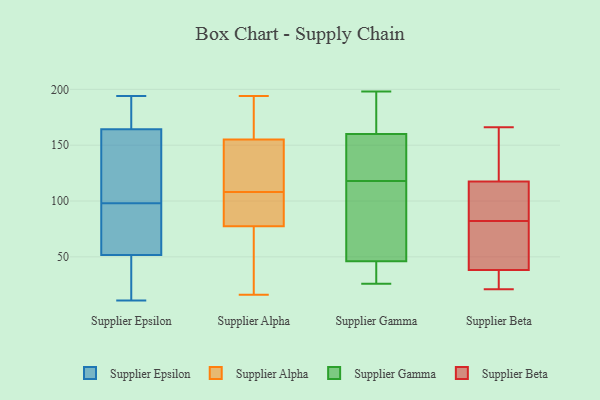
{"axis": {"x": "Bounce Rate (%)", "y": "Value"}, "legend": ["Supplier Alpha", "Supplier Beta", "Supplier Epsilon", "Supplier Gamma"], "data": [{"x": "", "y": 98, "type": "Supplier Epsilon"}, {"x": "", "y": 71, "type": "Supplier Epsilon"}, {"x": "", "y": 107, "type": "Supplier Epsilon"}, {"x": "", "y": 47, "type": "Supplier Epsilon"}, {"x": "", "y": 66, "type": "Supplier Epsilon"}, {"x": "", "y": 168, "type": "Supplier Epsilon"}, {"x": "", "y": 194, "type": "Supplier Epsilon"}, {"x": "", "y": 77, "type": "Supplier Epsilon"}, {"x": "", "y": 38, "type": "Supplier Epsilon"}, {"x": "", "y": 11, "type": "Supplier Epsilon"}, {"x": "", "y": 153, "type": "Supplier Epsilon"}, {"x": "", "y": 77, "type": "Supplier Epsilon"}, {"x": "", "y": 136, "type": "Supplier Epsilon"}, {"x": "", "y": 171, "type": "Supplier Epsilon"}, {"x": "", "y": 178, "type": "Supplier Epsilon"}, {"x": "", "y": 101, "type": "Supplier Epsilon"}, {"x": "", "y": 15, "type": "Supplier Epsilon"}, {"x": "", "y": 25, "type": "Supplier Epsilon"}, {"x": "", "y": 184, "type": "Supplier Epsilon"}, {"x": "", "y": 187, "type": "Supplier Alpha"}, {"x": "", "y": 80, "type": "Supplier Alpha"}, {"x": "", "y": 130, "type": "Supplier Alpha"}, {"x": "", "y": 108, "type": "Supplier Alpha"}, {"x": "", "y": 16, "type": "Supplier Alpha"}, {"x": "", "y": 151, "type": "Supplier Alpha"}, {"x": "", "y": 76, "type": "Supplier Alpha"}, {"x": "", "y": 167, "type": "Supplier Alpha"}, {"x": "", "y": 150, "type": "Supplier Alpha"}, {"x": "", "y": 194, "type": "Supplier Alpha"}, {"x": "", "y": 85, "type": "Supplier Alpha"}, {"x": "", "y": 35, "type": "Supplier Alpha"}, {"x": "", "y": 142, "type": "Supplier Alpha"}, {"x": "", "y": 192, "type": "Supplier Alpha"}, {"x": "", "y": 95, "type": "Supplier Alpha"}, {"x": "", "y": 76, "type": "Supplier Alpha"}, {"x": "", "y": 78, "type": "Supplier Alpha"}, {"x": "", "y": 46, "type": "Supplier Gamma"}, {"x": "", "y": 45, "type": "Supplier Gamma"}, {"x": "", "y": 92, "type": "Supplier Gamma"}, {"x": "", "y": 26, "type": "Supplier Gamma"}, {"x": "", "y": 198, "type": "Supplier Gamma"}, {"x": "", "y": 145, "type": "Supplier Gamma"}, {"x": "", "y": 30, "type": "Supplier Gamma"}, {"x": "", "y": 127, "type": "Supplier Gamma"}, {"x": "", "y": 109, "type": "Supplier Gamma"}, {"x": "", "y": 160, "type": "Supplier Gamma"}, {"x": "", "y": 83, "type": "Supplier Gamma"}, {"x": "", "y": 184, "type": "Supplier Gamma"}, {"x": "", "y": 135, "type": "Supplier Gamma"}, {"x": "", "y": 187, "type": "Supplier Gamma"}, {"x": "", "y": 158, "type": "Supplier Beta"}, {"x": "", "y": 32, "type": "Supplier Beta"}, {"x": "", "y": 38, "type": "Supplier Beta"}, {"x": "", "y": 166, "type": "Supplier Beta"}, {"x": "", "y": 128, "type": "Supplier Beta"}, {"x": "", "y": 81, "type": "Supplier Beta"}, {"x": "", "y": 39, "type": "Supplier Beta"}, {"x": "", "y": 77, "type": "Supplier Beta"}, {"x": "", "y": 96, "type": "Supplier Beta"}, {"x": "", "y": 21, "type": "Supplier Beta"}, {"x": "", "y": 82, "type": "Supplier Beta"}, {"x": "", "y": 21, "type": "Supplier Beta"}, {"x": "", "y": 106, "type": "Supplier Beta"}, {"x": "", "y": 107, "type": "Supplier Beta"}, {"x": "", "y": 121, "type": "Supplier Beta"}]}